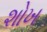
શોખ